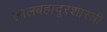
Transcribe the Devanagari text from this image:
लालबहादूरशास्त्री